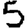
Digit: 5